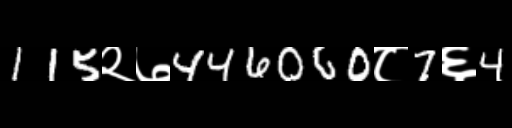
Text: 115२७446060८7६4